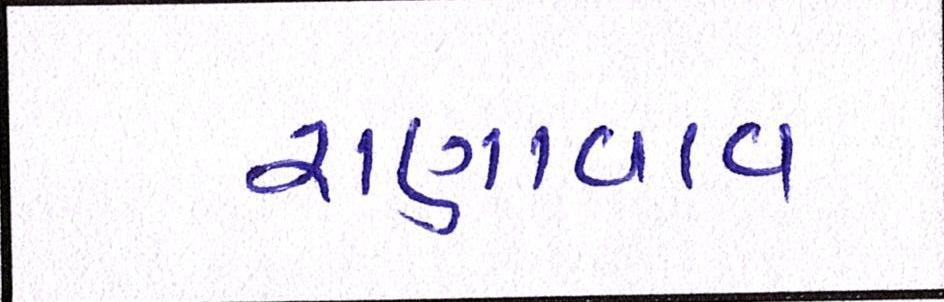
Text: રાણાવાવ